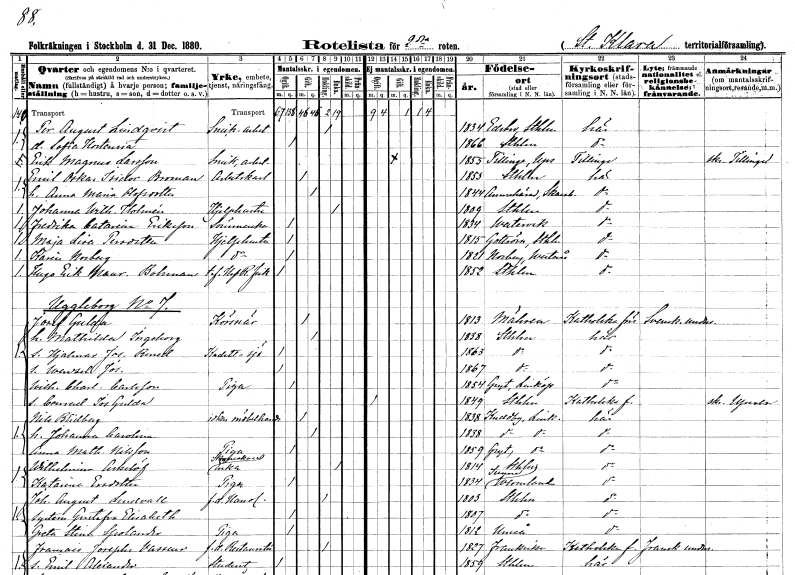
gt_parse: households: individuals: FN: Per August
EN: Lindqvist
YRKE: Snickeriarbetare
KON: M
CIV: E
FODAR: 1834
FODFORS: Edsbro Stockholms län
FN: Sofia Hortensia
KON: K
CIV: O
FODAR: 1866
FODFORS: Stockholm
FN: Erik Magnus
EN: Larsson
YRKE: Snickeriarbetare
KON: M
CIV: G
FODAR: 1855
FODFORS: Tillinge Uppsala län
FN: Emil Oskar Isidor
EN: Broman
YRKE: Arbetskarl
KON: M
CIV: G
FODAR: 1853
FODFORS: Stockholm
FN: Anna Maria
EN: Olofsdotter
KON: K
CIV: G
FODAR: 1844
FODFORS: Amnehärad Skaraborgs län
FN: Johanna Wilhelmina
EN: Holmén
YRKE: Hjälphustru
KON: K
CIV: E
FODAR: 1809
FODFORS: Stockholm
FN: Fredrika Catarina
EN: Eriksson
YRKE: Sömmerska
KON: K
CIV: O
FODAR: 1834
FODFORS: Västervik Kalmar län
FN: Maja Lisa
EN: Persdotter
YRKE: Hjälphustru
KON: K
CIV: O
FODAR: 1815
FODFORS: Gottröra Stockholms län
FN: Karin
EN: Norberg
YRKE: Hjälphustru
KON: K
CIV: O
FODAR: 1821
FODFORS: Norberg Västmanlands län
FN: Hugo Erik Mauritz
EN: Bohman
YRKE: Hovrättsfiskal t.f.
KON: M
CIV: O
FODAR: 1852
FODFORS: Stockholm
FN: Josef
EN: Gulda
YRKE: Körsnär
KON: M
CIV: G
FODAR: 1813
FN: Mathilda Ingeborg
KON: K
CIV: G
FODAR: 1838
FODFORS: Stockholm
FN: Hjalmar Josef Benedict
YRKE: Sjökadett
KON: M
CIV: O
FODAR: 1863
FODFORS: Stockholm
FN: Wenzel Josef
KON: M
CIV: O
FODAR: 1867
FODFORS: Stockholm
FN: Wilhelmina Charlotta
EN: Carlsson
YRKE: Piga
KON: K
CIV: O
FODAR: 1854
FODFORS: Gryt Östergötlands län
FN: Conrad Josef
EN: Gulda
KON: M
CIV: O
FODAR: 1849
FODFORS: Stockholm
FN: Nils
EN: Blidberg
YRKE: Möbelhandlare
KON: M
CIV: G
FODAR: 1838
FODFORS: Kuddby Östergötlands län
FN: Johanna Carolina
KON: K
CIV: G
FODAR: 1838
FODFORS: Kuddby Östergötlands län
FN: Anna Mathilda
EN: Nilsson
YRKE: Piga
KON: K
CIV: O
FODAR: 1859
FODFORS: Gryt Östergötlands län
FN: Wilhelmina
EN: Askelöf
YRKE: Skomakareänka
KON: K
CIV: E
FODAR: 1814
FODFORS: Stockholm
FN: Katarina
EN: Ersdotter
YRKE: Piga
KON: K
CIV: O
FODAR: 1834
FODFORS: Sunne Värmlands län
FN: Johan August
EN: Lindvall
YRKE: Handlande f.d.
KON: M
CIV: E
FODAR: 1803
FODFORS: Stockholm
FN: Gustafva Elisabeth
KON: K
CIV: O
FODAR: 1807
FODFORS: Stockholm
FN: Greta Stina
EN: Spolander
YRKE: Piga
KON: K
CIV: O
FODAR: 1812
FODFORS: Umeå Västerbottens län